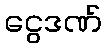
ငွေဒဏ်